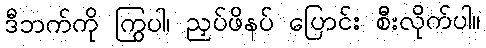
ဒီဘက်ကို ကြွပါ၊ ညှပ်ဖိနပ် ပြောင်း စီးလိုက်ပါ။